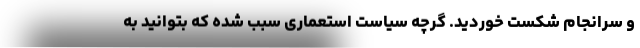
و سرانجام شکست خوردید. گرچه سیاست استعماری سبب شده که بتوانید به